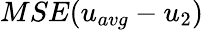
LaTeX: MSE(u_{avg}-u_{2})